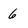
Character: 6